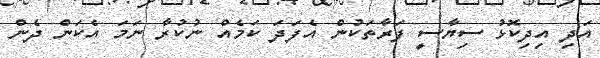
އަދި އިދިކޮޅު ސިޔާސީ ފަރާތަކުން އެފަދަ ކަމެއް ނުކުރާ ނަމަ އެކަން ދެން